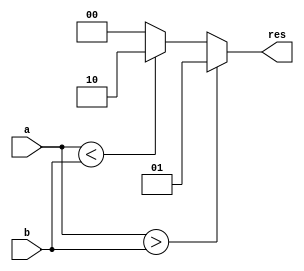
// Jesus Eduardo Esparza Soto
//Comparador de 4 bits


//Modulo 

module com4b (a,b,res);

		//puertos
		//sentido    tipo  tamao   nombre
		input              [3:0]    a,b;
		output       reg   [1:0]    res;
		
//Asignaciones


		//secuenciales
		always@(a or b)
		begin 
			if(a>b)
				res=1;
			else if(a<b)
				res=2;
			else
				res=0;
			
		end
endmodule